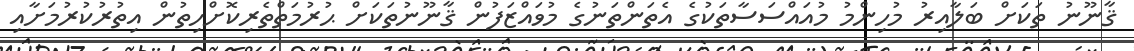
ޤާނޫނު ތަކަށް ބަލާއިރު މުހިންމު މުއައްސަސާތަކުގެ އެތަންތަނުގެ މުވައްޒަފުން ޤާނޫނުތަކަށް ޙުރުމަތްތެރިކޮށްހިތުން އިތުރުކުރުމަށާއި